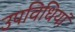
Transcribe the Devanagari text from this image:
उपविधियां